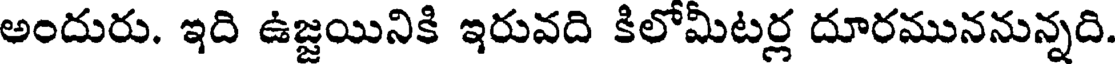
అందురు. ఇది ఉజ్జయినికి ఇరువది కిలోమీటర్ల దూరముననున్నది